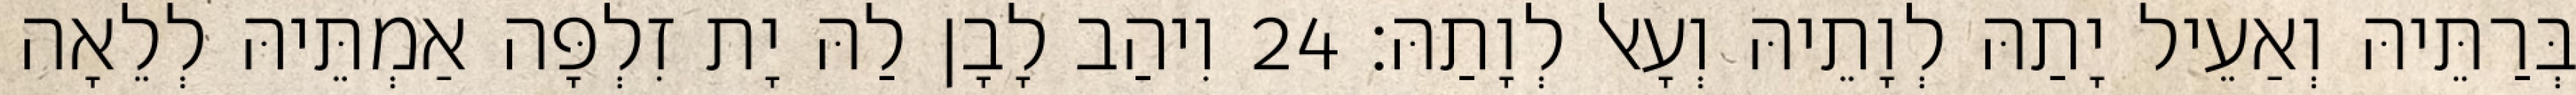
בְּרַתֵּיהּ וְאַעֵיל יָתַהּ לְוָתֵיהּ וְעָאל לְוָתַהּ׃ 24 וִיהַב לָבָן לַהּ יָת זִלְפָּה אַמְתֵּיהּ לְלֵאָה